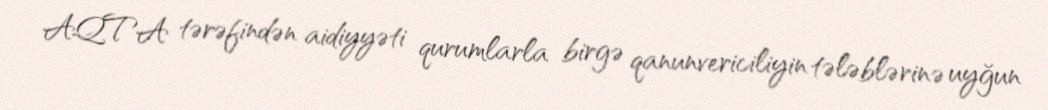
AQTA tərəfindən aidiyyəti qurumlarla birgə qanunvericiliyin tələblərinə uyğun